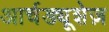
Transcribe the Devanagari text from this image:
आर्चड्यूशेज़